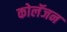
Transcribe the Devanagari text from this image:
कोलॅजन